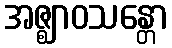
အဇ္ဈာဝသန္တော